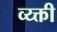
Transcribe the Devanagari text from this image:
व्य्क्ती